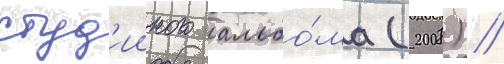
студ'ииного альбо́ма (2008) //